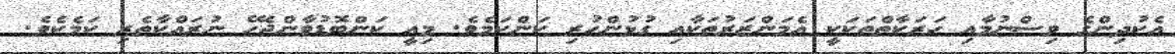
އެކުދިންގެ ވިސްނުމާއި ހަރަކާތްތަކަކީ އެމަންޒަރުތަކާއި ގުޅުންހުރި ކަންކަމެވެ. މިއީ ކަންބޮޑުވާންޖެހޭ ނުރައްކާތެރި ކަމެކެވެ.